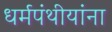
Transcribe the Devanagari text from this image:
धर्मपंथीयांना